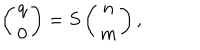
LaTeX: \left( \begin{array} { c } { { q } } \\ { { 0 } } \\ \end{array} \right) = S \left( \begin{array} { c } { { n } } \\ { { m } } \\ \end{array} \right) ,